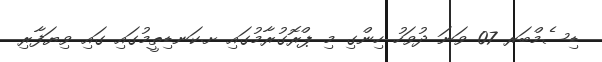
ޑިސެމްބަރ 07 ވަނަ ދުވަހު ހިންގި މި ޕްރޮގުރާމުގައި ށ.ކަނޑިތީމުގައި ގައި ވިޔަފާރި